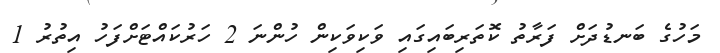
މަހުގެ ބަނޑުދަށް ފަރާތު ކޮތަރިބައިގައި ވަކިވަކިން ހުންނަ 2 ހަރުކައްޓަށްފަހު އިތުރު 1